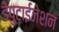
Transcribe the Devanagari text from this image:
डेपुटाईजेशन